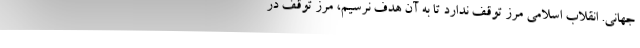
جهانی. انقلاب اسلامی مرز توقف ندارد تا به آن هدف نرسیم، مرز توقف در